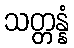
သတ္တန္နံ